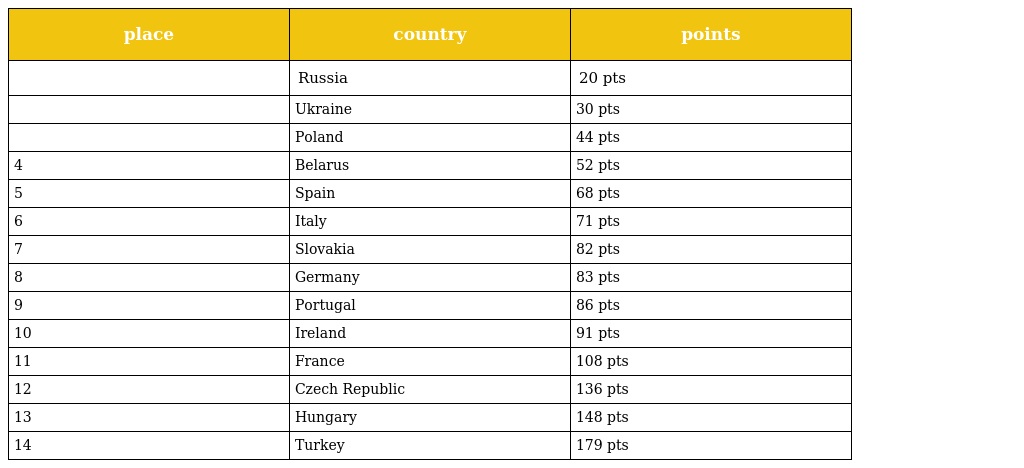
| place | country | points |
 | --- | --- | --- |
 |  | Russia | 20 pts |
 |  | Ukraine | 30 pts |
 |  | Poland | 44 pts |
 | 4 | Belarus | 52 pts |
 | 5 | Spain | 68 pts |
 | 6 | Italy | 71 pts |
 | 7 | Slovakia | 82 pts |
 | 8 | Germany | 83 pts |
 | 9 | Portugal | 86 pts |
 | 10 | Ireland | 91 pts |
 | 11 | France | 108 pts |
 | 12 | Czech Republic | 136 pts |
 | 13 | Hungary | 148 pts |
 | 14 | Turkey | 179 pts |